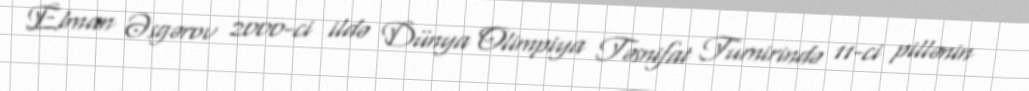
Elman Əsgərov 2000-ci ildə Dünya Olimpiya Təsnifat Turnirində 11-ci pillənin